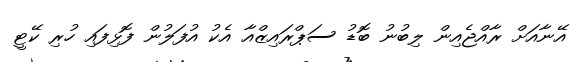
އޭނާއަށް ރާއްޖެއިން ލިބުނު ބޮޑު ސަޕްރައިޒްއާ އެކު އުފަލުން ފޮޅިފައި ހުރި ކޭޓީ